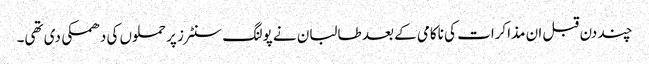
چند دن قبل ان مذاکرات کی ناکامی کے بعد طالبان نے پولنگ سنٹرز پر حملوں کی دھمکی دی تھی۔